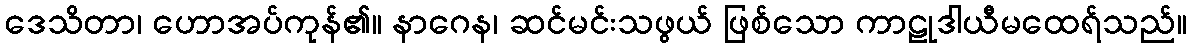
ဒေသိတာ၊ ဟောအပ်ကုန်၏။ နာဂေန၊ ဆင်မင်းသဖွယ် ဖြစ်သော ကာဠုဒါယီမထေရ်သည်။